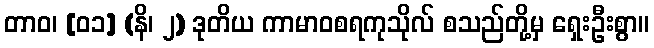
တာဝ၊ [၀၁] (နိ၊ ၂) ဒုတိယ ကာမာဝစရကုသိုလ် စသည်တို့မှ ရှေးဦးစွာ။